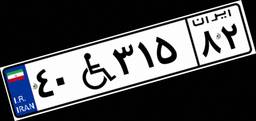
۴۰W۳۱۵۸۲